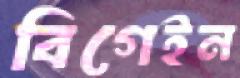
বিগেইন